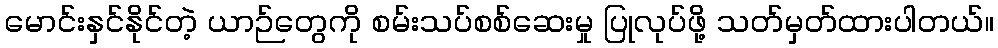
မောင်းနှင်နိုင်တဲ့ ယာဉ်တွေကို စမ်းသပ်စစ်ဆေးမှု ပြုလုပ်ဖို့ သတ်မှတ်ထားပါတယ်။